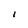
Character: I